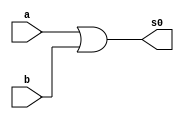
// --------------------- 
// Exemplo0031 - LU and e or 
// Nome: Guilherme Andrade Salum Terra 
// --------------------- 

// --------------------- 
// -- f4 gate 
// --------------------- 
	module f4 (output [0:3] s0, input [0:3] a, input [0:3] b);
	assign s0 = a | b; 
	endmodule // f4 
	
	module f5 (output [3:0] s1, input [3:0] c, input [3:0] d);
	assign s1 = c & d;
	
	endmodule // f4

// --------------------- 
// -- test f4 
// --------------------- 
	module testf4; 
// ------------------------- dados locais 
	reg [3:0] w; // definir registrador
	reg [3:0] x;
	wire [3:0] y; // definir conexao (fio) 
	wire [3:0] z;
	f4 modulo (z, x, w);
	f5 modulo2 (y, x, w);
// ------------------------- parte principal 
	initial begin
		$display("Exemplo0031 - Guilherme Terra - 427407"); 
		$display("Test LU and e or"); 
	w = 4'b0011;
	x = 4'b0101;
	#1 $display("%b & %b = %b", w, x, y);
	#1 $display("%b | %b = %b", w, x, z);
	w = 4'b0000;
	x = 4'b0000;
	#1 $display("%b & %b = %b", w, x, y);
	#1 $display("%b | %b = %b", w, x, z);
	w = 4'b0010;
	x = 4'b0001;
	#1 $display("%b & %b = %b", w, x, y);
	#1 $display("%b | %b = %b", w, x, z);
	w = 4'b0001;
	x = 4'b0011;
	#1 $display("%b & %b = %b", w, x, y);
	#1 $display("%b | %b = %b", w, x, z);
	w = 4'b0101;
	x = 4'b0010;
	#1 $display("%b & %b = %b", w, x, y);
	#1 $display("%b | %b = %b", w, x, z);
	w = 4'b1010;
	x = 4'b0011;
	#1 $display("%b & %b = %b", w, x, y);
	#1 $display("%b | %b = %b", w, x, z);
	w = 4'b1001;
	x = 4'b0011;
	#1 $display("%b & %b = %b", w, x, y);
	#1 $display("%b | %b = %b", w, x, z);
	end 

endmodule // testf4 

// ------------------------- testes

/*
	Test LU and e or
	0011 & 0101 = 0001
	0011 | 0101 = 0111
	0000 & 0000 = 0000
	0000 | 0000 = 0000
	0010 & 0001 = 0000
	0010 | 0001 = 0011
	0001 & 0011 = 0001
	0001 | 0011 = 0011
	0101 & 0010 = 0000
	0101 | 0010 = 0111
	1010 & 0011 = 0010
	1010 | 0011 = 1011
	1001 & 0011 = 0001
	1001 | 0011 = 1011
*/